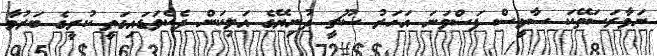
ނަވާރަސަތޭކަ ސާޅީސް ފަސްވަނަ އަހަރު ސޫޗީ ދުނިޔޭގެ އަލިކަން ދެކެވަޑައިގަތީ ކުރީގެ ބަރުމާ